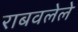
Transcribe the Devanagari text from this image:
राबवलेले